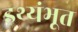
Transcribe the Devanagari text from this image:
इथ्यंभूत